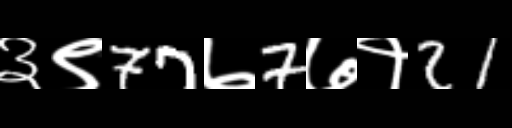
Text: ३९77७7७१21